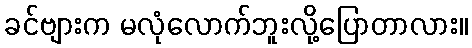
ခင်ဗျားက မလုံလောက်ဘူးလို့ပြောတာလား။